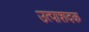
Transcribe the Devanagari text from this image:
उत्पाशदक